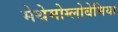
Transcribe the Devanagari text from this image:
मेथेमोग्लोबेमिया